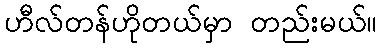
ဟီလ်တန်ဟိုတယ်မှာ တည်းမယ်။